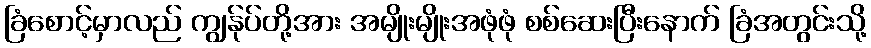
ခြံစောင့်မှာလည် ကျွန်ုပ်တို့အား အမျိုးမျိုးအဖုံဖုံ စစ်ဆေးပြီးနောက် ခြံအတွင်းသို့